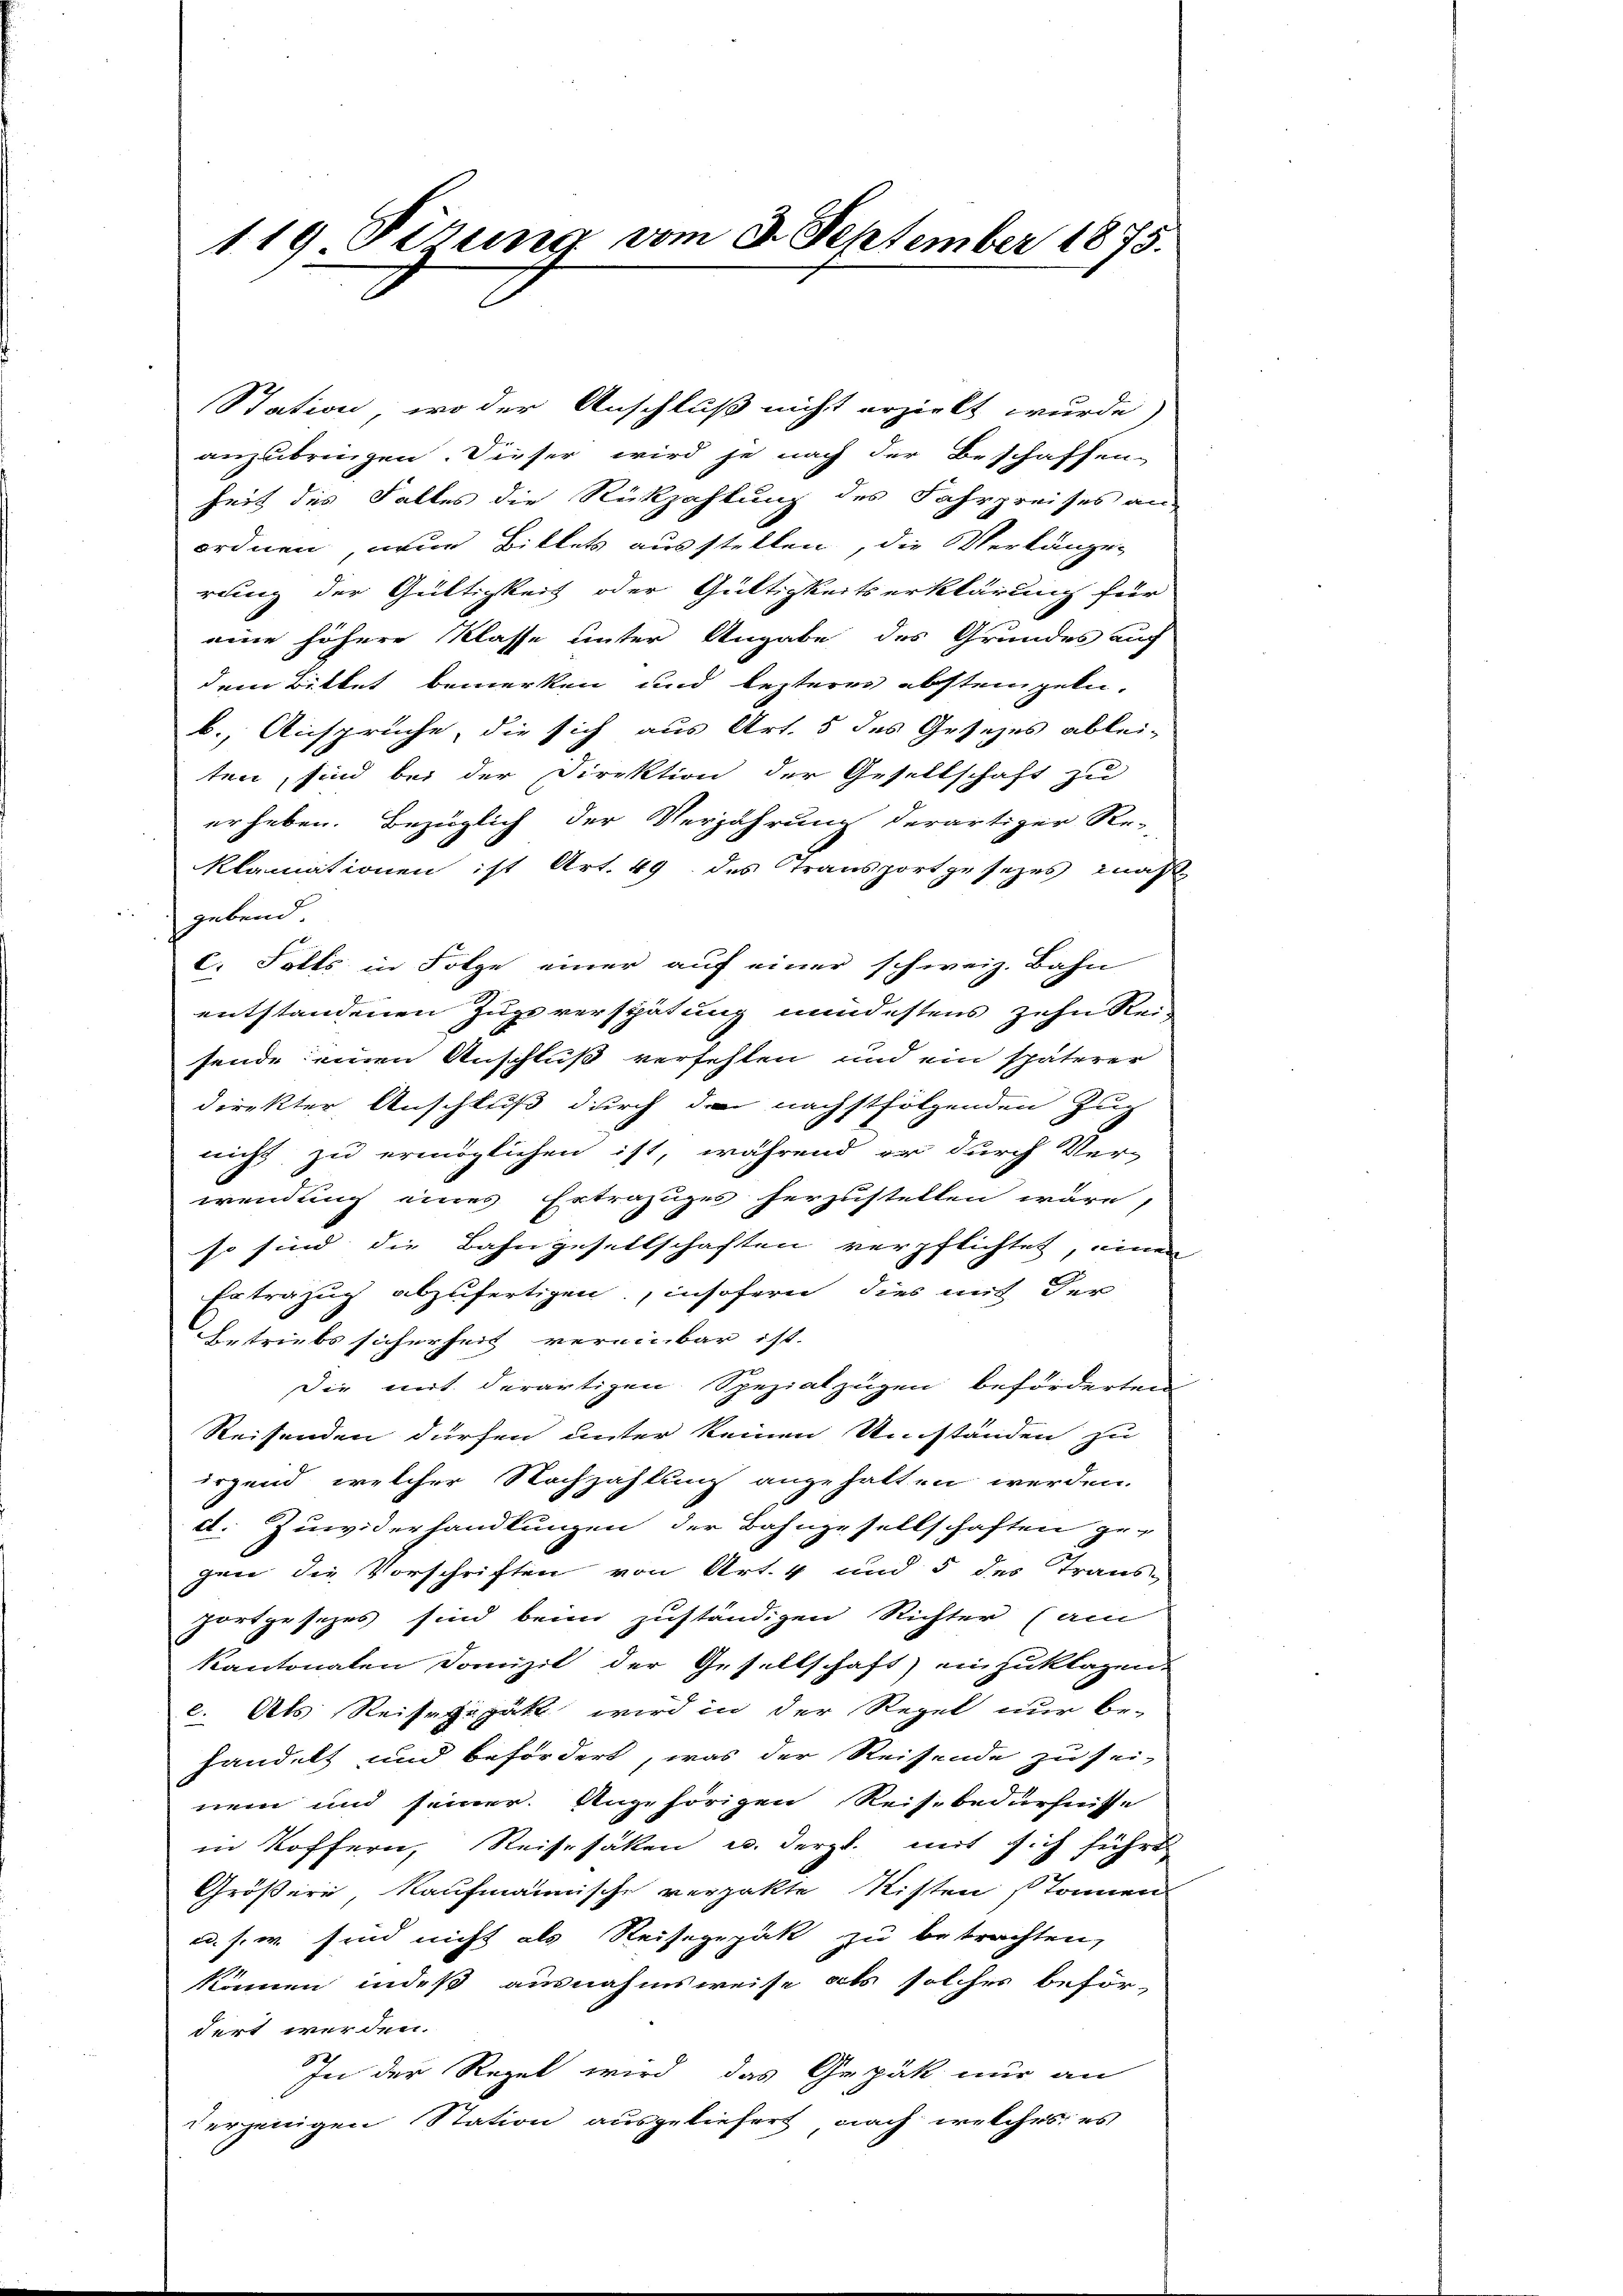
119 Sizung vom 3. September 1875.

anzubringen. Dieser wird je nach der Beschaffen-
heit des Falles die Rückzahlung des Fahrpreises an
ordnen, wenn Bittet ausstellen, die Verlänge-
rung der Gültigkeit oder Gültigkeitserklärung für
eine höhere Klasse unter Angabe des Grundes auf
dem Bittet bemerken und lezteres absteigeleb., Ansprüche, die sich aus Art. 5 des Gesezes ablei-
ten, sind bei der Direktion der Gesellschaft zu
erheben. Bezüglich der Verjährung derartiger Re-
klamationen ist Art. 49 des Transportgesetzes maß
gebend
c. Falls in Folge einer auf einer schweiz. Bahn
entstandenen Zugsverspätung mindestens zehn Reisende einen Anschluß verfehlen und ein späterer
direkter Anschluß durch den nächstfolgenden Zug
nicht zu ermöglichen ist, während er durch Ver-
wendung eines Ertrazuges herzustellen wäre,
so sind die Bahngesellschaften verpflichtet, einen
Ertrazug abzufertigen, insofern dies mit der
Betriebs sicherheit vereinbar ist.
Die mit derartigen Speziatzügen beförderten
Reisenden dürfen unter keinen Umständen zu
irgend welcher Nachzahlung angehalten werden.
d. Zuwiderhandlungen der Bahngesellschaften ge-
gen die Vorschriften von Art. 4 und 5 des Trans-
Fortgesetzes sind beim zuständigen Richter (am
kantonalen Domizil der Gesellschaft) einzuklagen.
c. Als Reisegegätt wird in der Regel nur be-
handelt und befördert, was der Reisende zu sei-
nem und seiner Angehörigen Reisbedürfnisse
in Koffern, Reisesaken u. dergl. mit sich führt
Größere Kaufmännische verzakte Kisten Tonnen
c. s. w. sind nicht als Reisegepak zu betrachten,
können indeß ausnahmsweise als solches beför-
dert werden.
In der Regel wird das Gepäk nur an
derjenigen Station ausgeliefert nach welches es

Station, wo der Anschluß nicht erzielt wurde)